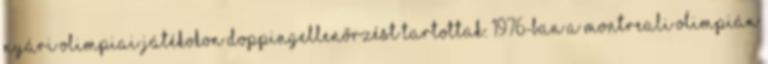
Nyári Olimpiai Játékokon doppingellenőrzést tartottak. 1976-ban a montreali olimpián